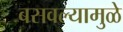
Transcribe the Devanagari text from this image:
बसवल्यामुळे